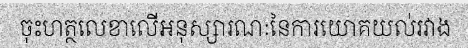
ចុះហត្ថលេខាលើអនុស្សារណៈនៃការយោគយល់រវាង